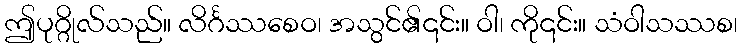
ဤပုဂ္ဂိုလ်သည်။ လိင်္ဂဿစေဝ၊ အသွင်၏၎င်း။ ဝါ၊ ကို၎င်း။ သံဝါသဿစ၊